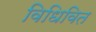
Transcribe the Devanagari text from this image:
विधिवित